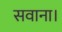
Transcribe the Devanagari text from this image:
सवाना।